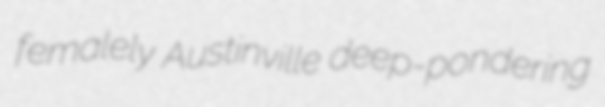
femalely Austinville deep-pondering